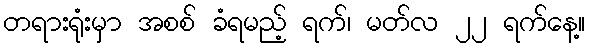
တရားရုံးမှာ အစစ် ခံရမည့် ရက်၊ မတ်လ ၂၂ ရက်နေ့။